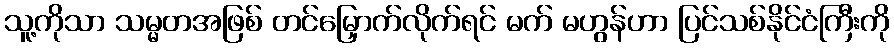
သူ့ကိုသာ သမ္မတအဖြစ် တင်မြှောက်လိုက်ရင် မက် မဟွန်ဟာ ပြင်သစ်နိုင်ငံကြီးကို